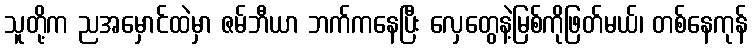
သူတို့က ညအမှောင်ထဲမှာ ဇမ်ဘီယာ ဘက်ကနေပြီး လှေတွေနဲ့မြစ်ကိုဖြတ်မယ်၊ တစ်နေကုန်